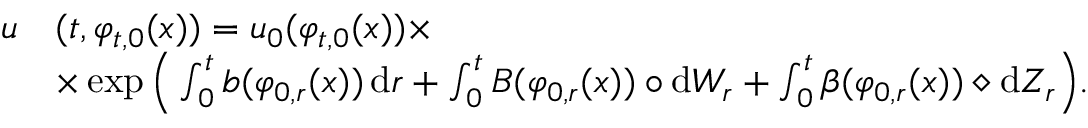
\begin{array} { r l } { u } & { ( t , \varphi _ { t , 0 } ( x ) ) = u _ { 0 } ( \varphi _ { t , 0 } ( x ) ) \times } \\ & { \times \exp \Big ( \int _ { 0 } ^ { t } b ( \varphi _ { 0 , r } ( x ) ) \, \mathrm { d } r + \int _ { 0 } ^ { t } B ( \varphi _ { 0 , r } ( x ) ) \circ \mathrm { d } W _ { r } + \int _ { 0 } ^ { t } \beta ( \varphi _ { 0 , r } ( x ) ) \diamond \mathrm { d } Z _ { r } \Big ) . } \end{array}